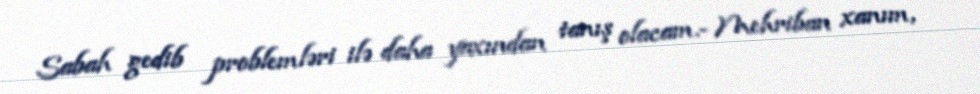
Sabah gedib problemləri ilə daha yaxından tanış olacam.- Mehriban xanım,